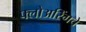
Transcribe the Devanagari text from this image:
फ्लोअरिंगचे